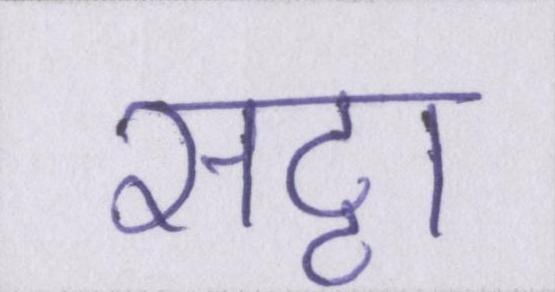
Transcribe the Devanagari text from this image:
सट्टा